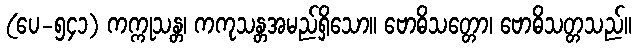
(ပေ-၅၄၁) ကက္ကုသန္တ၊ ကကုသန္တအမည်ရှိသော။ ဗောဓိသတ္တော၊ ဗောဓိသတ္တသည်။